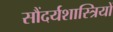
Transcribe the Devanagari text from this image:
सौंदर्यशास्त्रियों